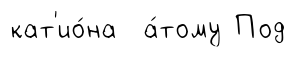
кат'ио́на а́тому Под